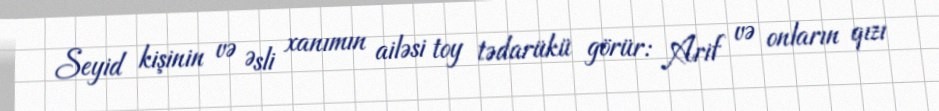
Seyid kişinin və Əsli xanımın ailəsi toy tədarükü görür: Arif və onların qızı